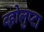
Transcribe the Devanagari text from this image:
व्होलुप्टा